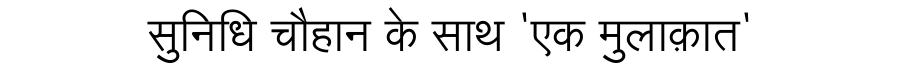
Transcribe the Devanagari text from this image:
सुनिधि चौहान के साथ 'एक मुलाक़ात'